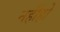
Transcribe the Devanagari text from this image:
नहींहो